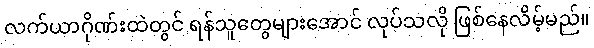
လက်ယာဂိုဏ်းထဲတွင် ရန်သူတွေများအောင် လုပ်သလို ဖြစ်နေလိမ့်မည်။